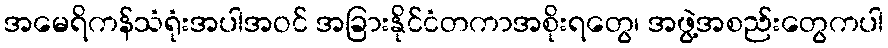
အမေရိကန်သံရုံးအပါအဝင် အခြားနိုင်ငံတကာအစိုးရတွေ၊ အဖွဲ့အစည်းတွေကပါ